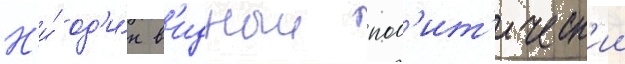
Н'и́ од'и́н в'идныи пол'ит'ическ'ии